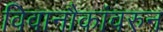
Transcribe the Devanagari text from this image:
विवानौकांवरुन